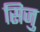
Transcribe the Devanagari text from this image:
सिजु